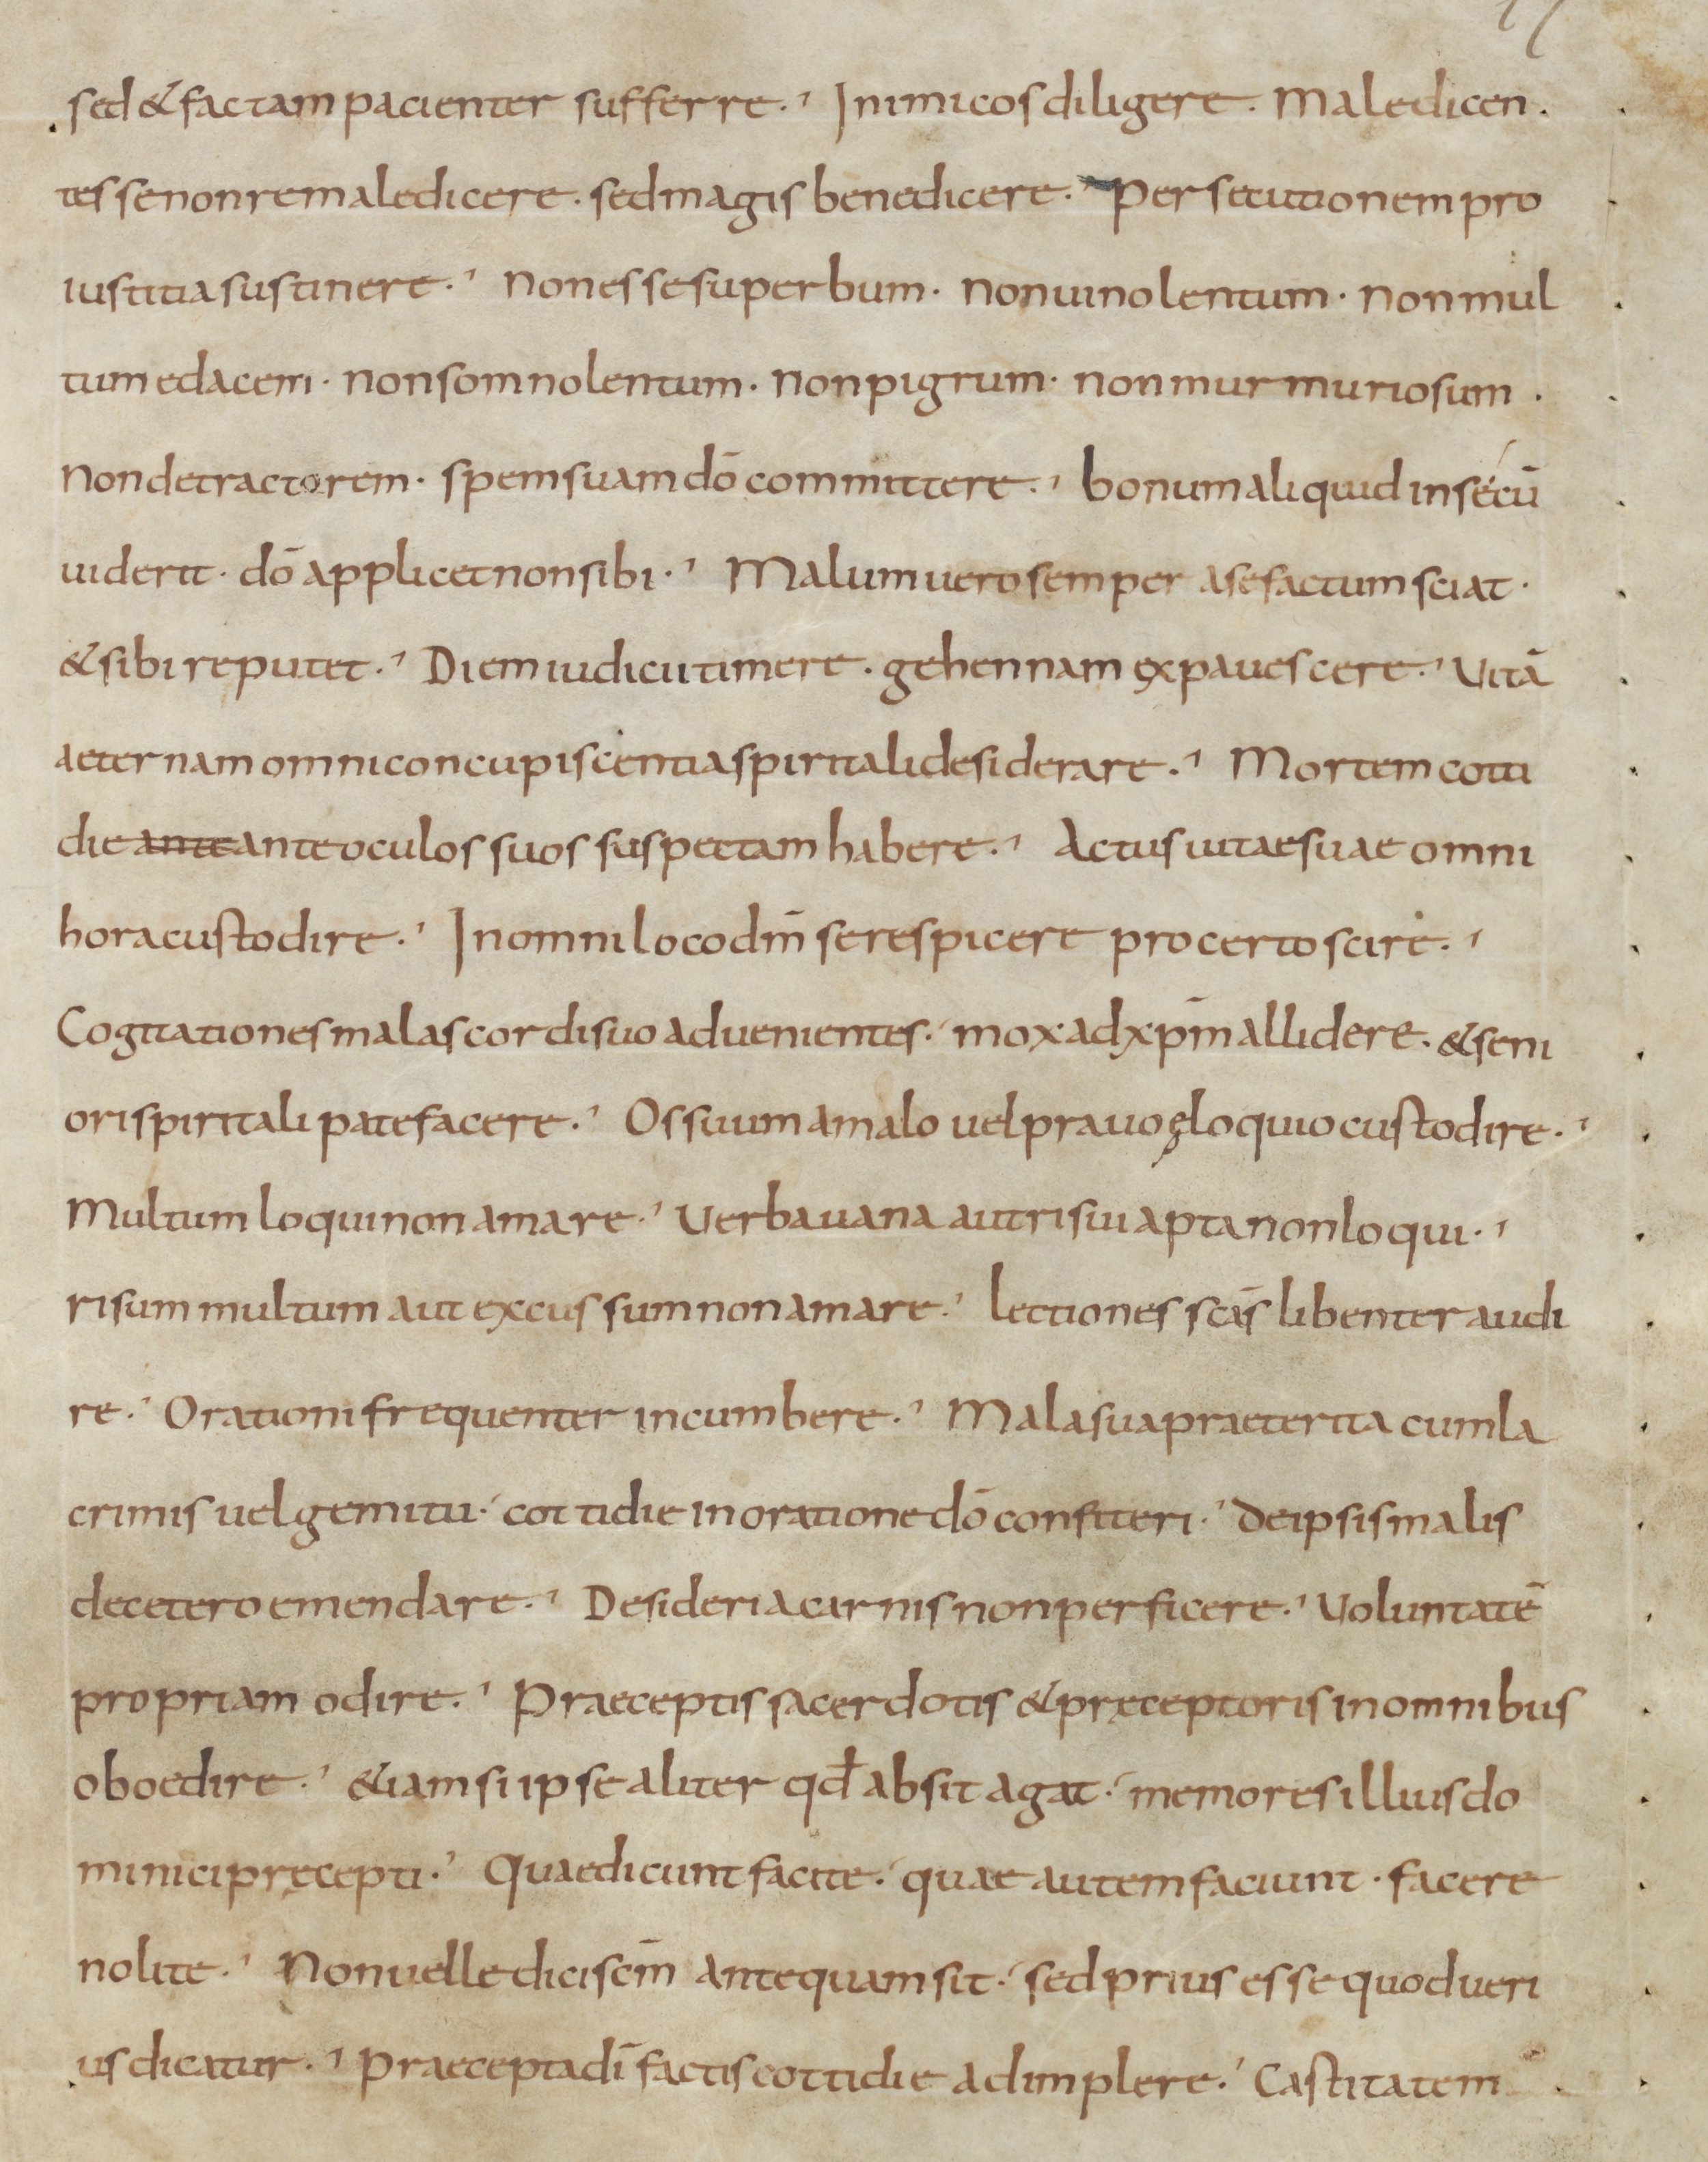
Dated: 900–999